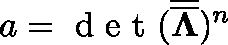
a = \mathrm { ~ d ~ e ~ t ~ } ( \overline { { \overline { { \mathbf { \Lambda } } } } } ) ^ { n }